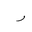
Letter: _ra